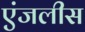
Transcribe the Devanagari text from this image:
एंजलीस